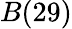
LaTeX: B(29)